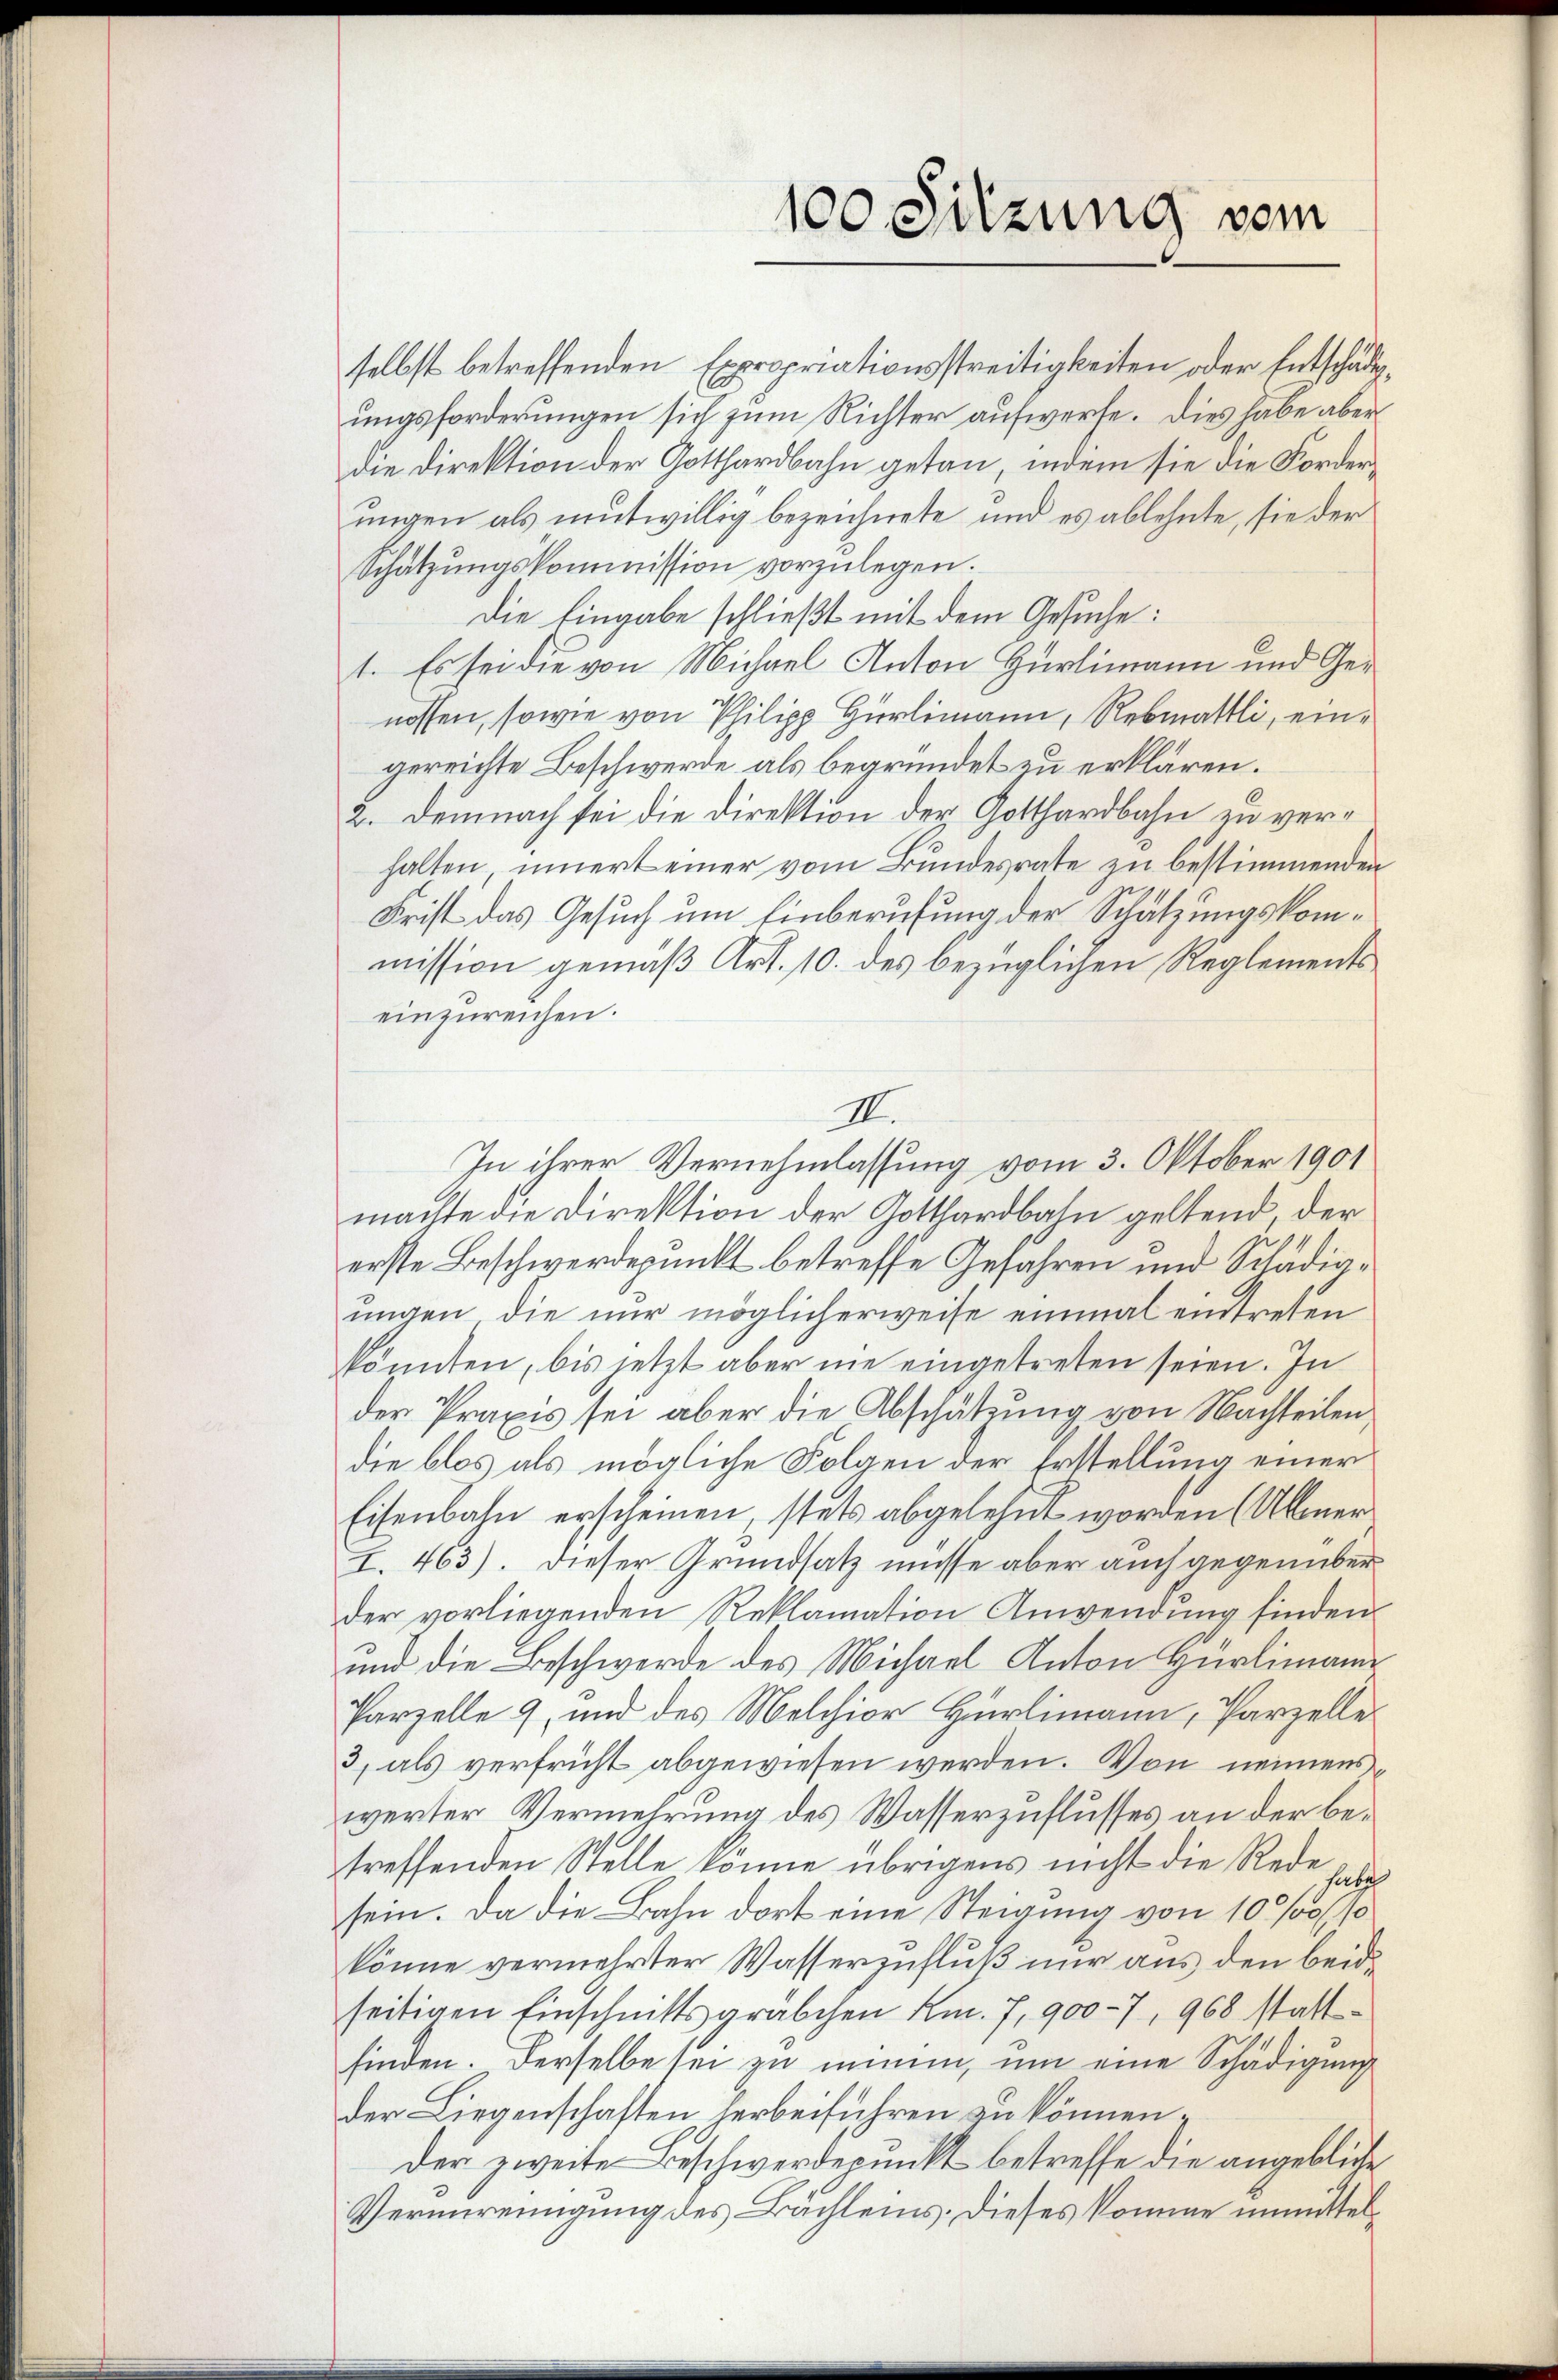
selbst betreffenden Expropriationsstreitigkeiten oder Entschädigungsforderungen sich zum Richter aufwerfe. Dies habe aber
die Direktion der Gotthardbahn getan, indem sie die Forderungen als mutwillig bezeichnete und es ablehnte, sie der
Schätzungskommission vorzulegen.
Die Eingabe schließt mit dem Gesuche:
1. Es sei die von Michael Anton Hürlimann und Genossen, sowie von Philipp Hürlimann, Rebmattli, eingereichte Beschwerde als begründet zu erklären.
2. Demnach sei die Direktion der Gotthardbahn zu verhalten, innert einer vom Bundesrate zu bestimmenden
Frist das Gesuch um Einberufung der Schätzungskommission gemäß Art. 10. des bezüglichen Reglements
einzureichen.
III.
In ihrer Vernehmlassung vom 3. Oktober 1901
machte die Direktion der Gotthardbahn geltend, der
erste Beschwerdepunkt betreffe Gefahren und Schädigungen die nur möglicherweise einmal eintreten
könnten, bis jetzt aber nie eingetreten seien. In
der Praxis sei aber die Abschätzung von Nachteilen
die blos als mögliche Folgen der Erstellung einer
Eisenbahn erscheinen, stets abgelehnt worden (Abeer¬
I. 463). Dieser Grundsatz müsse aber auch gegenüber
der vorliegenden Reklamation Anwendung finden
und die Beschwerde des Michael Anton Hürlimann
Parzelle 9, und des Melchior Hürlimann, Parzelle
3) als verfrüht abgewiesen werden. Von nennenswerter Vermehrung des Wasserzuflusses an der betreffenden Stelle könne übrigens nicht die Rede sin
sein. Da die Bahn dort eine Steigung von 10 % %
könne vermehrter Wasserzufluß nur aus den beide
seitigen Einschnittsgräbchen Km. 7, 900-7, 968 stattfinden. Derselbe sei zu minen, um eine Schädigung
der Liegenschaften herbeiführen zu können.
der zweite Beschwerdepunkt betreffe die angebliche
Verunreinigung des Bachleins. Dieses komme unmittel¬

100 Sitzung vom